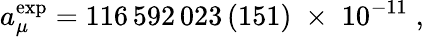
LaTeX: a_{\mu}^{\mathrm{exp}}=116\, 592\, 023\, (151)\; \times\; 10^{-11}\; ,